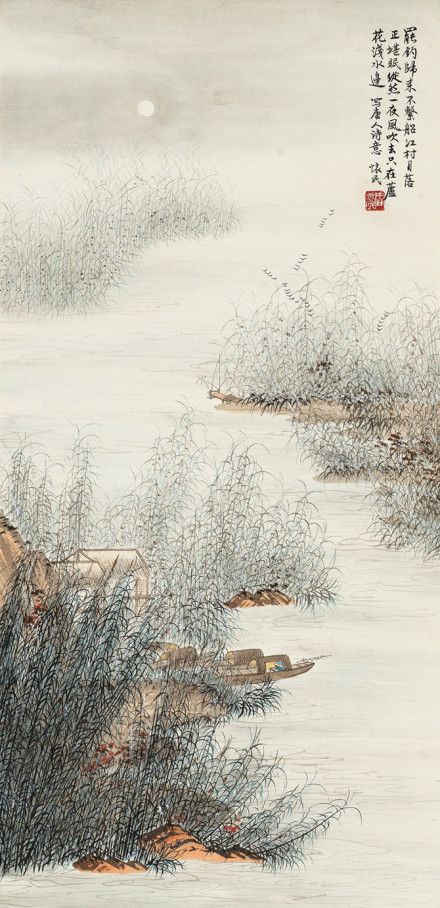
钓罢归来不系船，江村月落正堪眠。